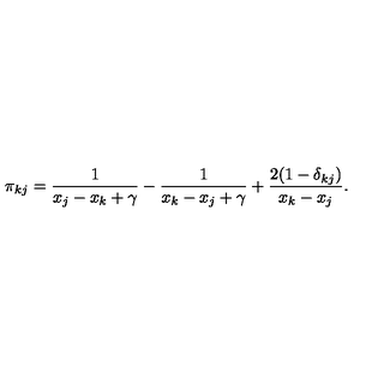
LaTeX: \pi _ { k j } = \frac { 1 } { x _ { j } - x _ { k } + \gamma } - \frac { 1 } { x _ { k } - x _ { j } + \gamma } + \frac { 2 ( 1 - \delta _ { k j } ) } { x _ { k } - x _ { j } } .